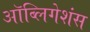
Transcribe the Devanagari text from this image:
ऑब्लिगेशंस